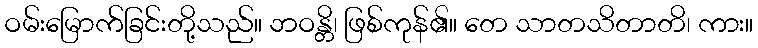
ဝမ်းမြောက်ခြင်းတို့သည်။ ဘဝန္တိ၊ ဖြစ်ကုန်၏။ တေ သာတသိတာတိ၊ ကား။